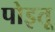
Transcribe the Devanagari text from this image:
पोइतू